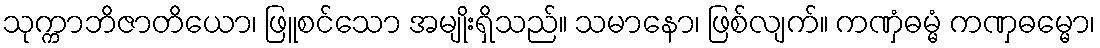
သုက္ကာဘိဇာတိယော၊ ဖြူစင်သော အမျိုးရှိသည်။ သမာနော၊ ဖြစ်လျက်။ ကဏှံဓမ္မံ ကဏှဓမ္မော၊